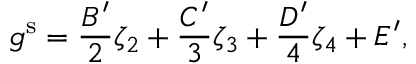
g ^ { \mathrm { s } } = \frac { B ^ { \prime } } { 2 } \zeta _ { 2 } + \frac { C ^ { \prime } } { 3 } \zeta _ { 3 } + \frac { D ^ { \prime } } { 4 } \zeta _ { 4 } + E ^ { \prime } ,